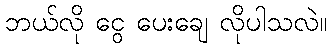
ဘယ်လို ငွေ ပေးချေ လိုပါသလဲ။